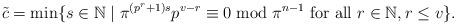
LaTeX: \begin{align*} \tilde{c} = \min \{ s \in \mathbb N \mid \pi^{ (p^r+ 1) s } p ^{ v-r} \equiv 0 \bmod \pi^{n-1} \textrm{ for all } r \in \mathbb N, r\leq v \}.\end{align*}